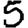
Digit: 5